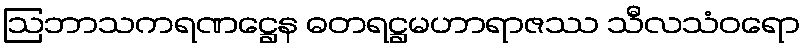
ဩဘာသကရဏဋ္ဌေန ဓတရဋ္ဌမဟာရာဇဿ သီလသံဝရော